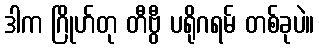
ဒါက ဂြိုဟ်တု တီဗွီ ပရိုဂရမ် တစ်ခုပဲ။